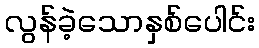
လွန်ခဲ့သောနှစ်ပေါင်း